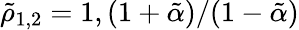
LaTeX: \tilde{\rho}_{1,2}=1,(1+\tilde{\alpha})/(1-\tilde{\alpha})